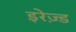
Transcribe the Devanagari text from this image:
इरेज़्ड